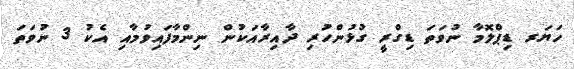
ހަޔަރ ޑިޕްލޮމާ ނުވަތަ ޑިގްރީ ގުޅުންހުރި ދާއިރާއަކުން ނިންމާފައިވުމާއި އެކު 3 ނުވަތަ